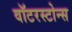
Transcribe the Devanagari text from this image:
वॉटरस्टोन्स